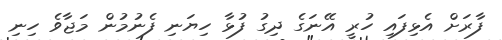
ފާރަށް އެޅިފައި ހުރީ އޭނަގެ ދިގު ފުޅާ ހިޔަނި ފެނުމުން މަޖާވެ ހިނި